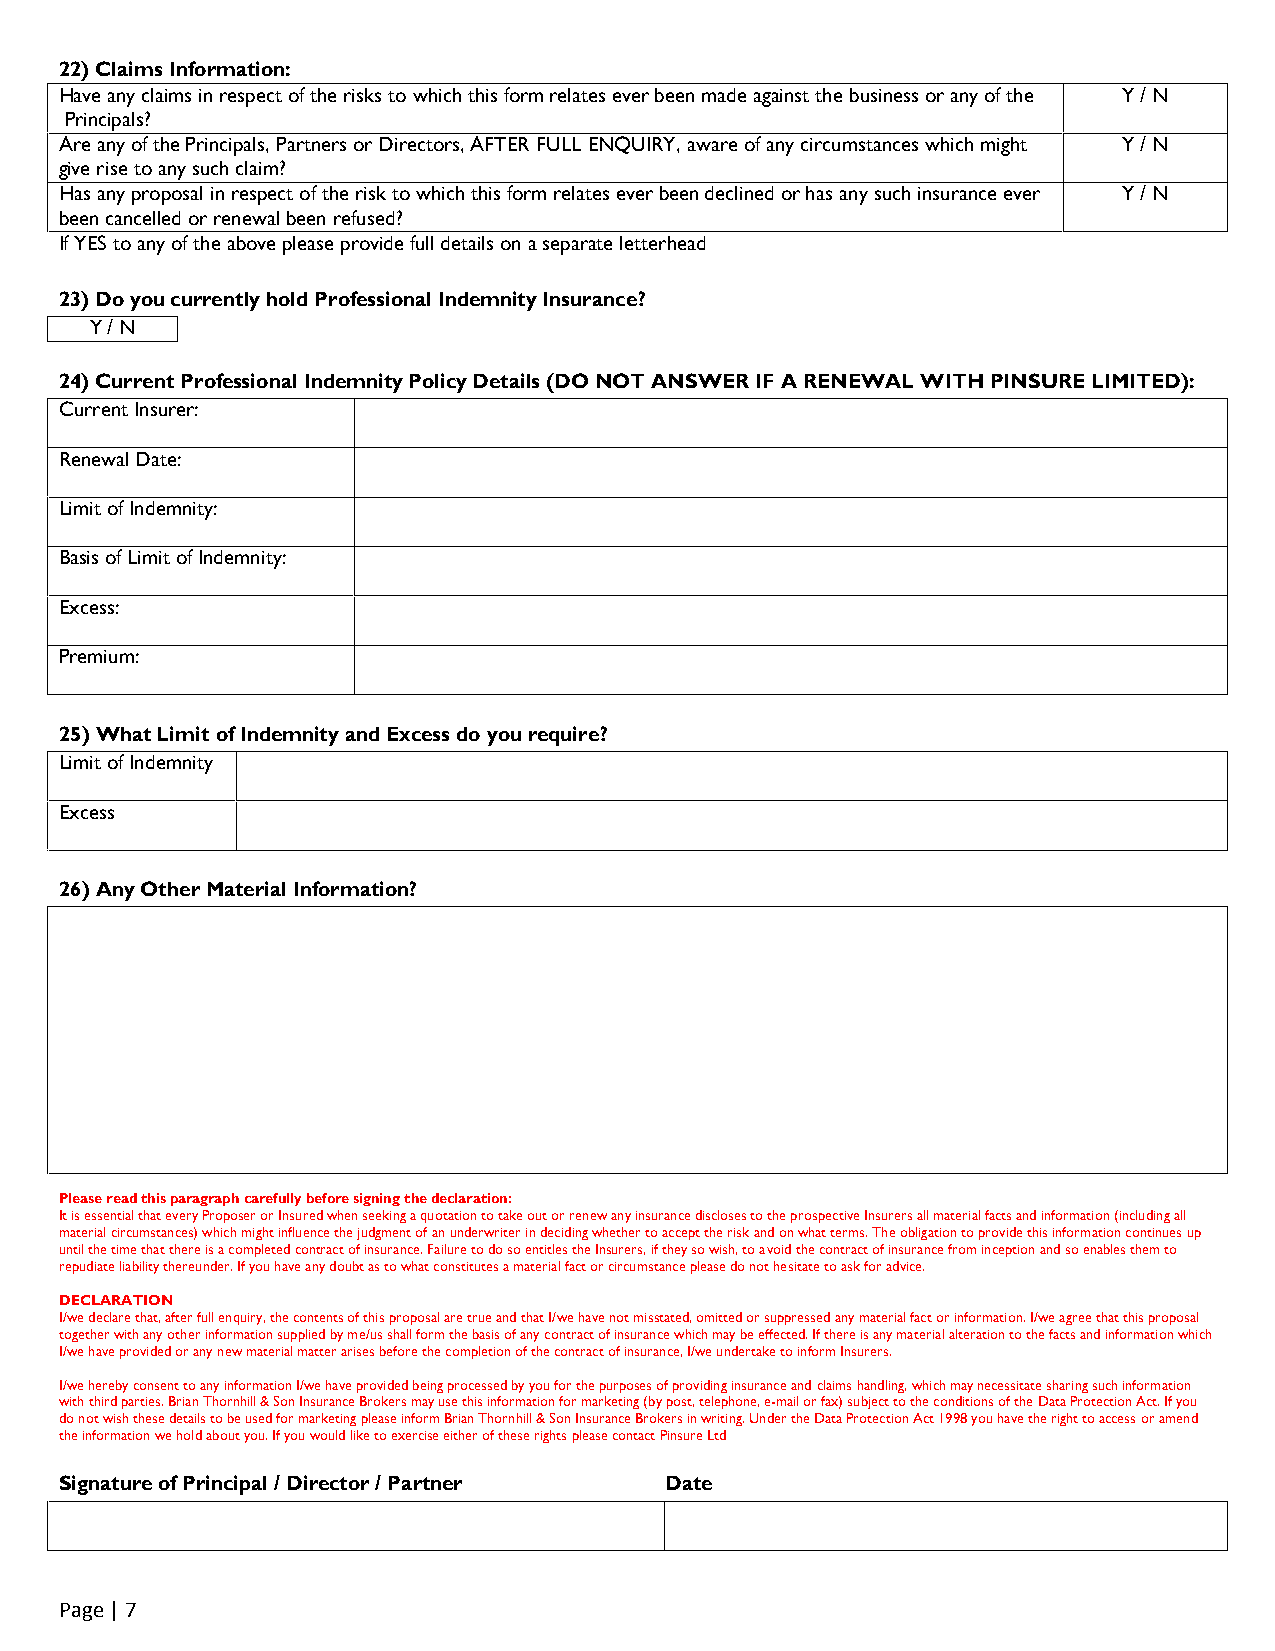
22) Claims Information:
 Have any claims in respect of the risks to which this form relates ever been made against the business or any of the Y / N
 Principals?
 Are any of the Principals, Partners or Directors, AFTER FULL ENQUIRY, aware of any circumstances which might Y / N
 give rise to any such claim?
 Has any proposal in respect of the risk to which this form relates ever been declined or has any such insurance ever Y / N
 been cancelled or renewal been refused?
 If YES to any of the above please provide full details on a separate letterhead
 23) Do you currently hold Professional Indemnity Insurance?
 Y / N
 24) Current Professional Indemnity Policy Details (DO NOT ANSWER IF A RENEWAL WITH PINSURE LIMITED):
 Current Insurer:
 Renewal Date:
 Limit of Indemnity:
 Basis of Limit of Indemnity:
 Excess:
 Premium:
 25) What Limit of Indemnity and Excess do you require?
 Limit of Indemnity
 Excess
 26) Any Other Material Information?
 Please read this paragraph carefully before signing the declaration:
 It is essential that every Proposer or Insured when seeking a quotation to take out or renew any insurance discloses to the prospective Insurers all material facts and information (including all
 material circumstances) which might influence the judgment of an underwriter in deciding whether to accept the risk and on what terms. The obligation to provide this information continues up
 until the time that there is a completed contract of insurance. Failure to do so entitles the Insurers, if they so wish, to avoid the contract of insurance from inception and so enables them to
 repudiate liability thereunder. If you have any doubt as to what constitutes a material fact or circumstance please do not hesitate to ask for advice.
 DECLARATION
 I/we declare that, after full enquiry, the contents of this proposal are true and that I/we have not misstated, omitted or suppressed any material fact or information. I/we agree that this proposal
 together with any other information supplied by me/us shall form the basis of any contract of insurance which may be effected. If there is any material alteration to the facts and information which
 I/we have provided or any new material matter arises before the completion of the contract of insurance, I/we undertake to inform Insurers.
 I/we hereby consent to any information I/we have provided being processed by you for the purposes of providing insurance and claims handling, which may necessitate sharing such information
 with third parties. Brian Thornhill & Son Insurance Brokers may use this information for marketing (by post, telephone, e-mail or fax) subject to the conditions of the Data Protection Act. If you
 do not wish these details to be used for marketing please inform Brian Thornhill & Son Insurance Brokers in writing. Under the Data Protection Act 1998 you have the right to access or amend
 the information we hold about you. If you would like to exercise either of these rights please contact Pinsure Ltd
 Signature of Principal / Director / Partner Date
 Page | 7